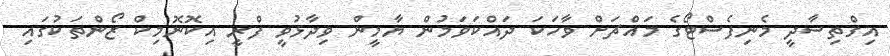
އިގްތިސާދީ މެނިފެސްޓޯގެ މައްޗަށް ވާހަކަ ދައްކަވަމުން ޔާމީން ވިދާޅުވީ ފްރީ އިކޮނޮމިކް ޒޯންތަކުގައި